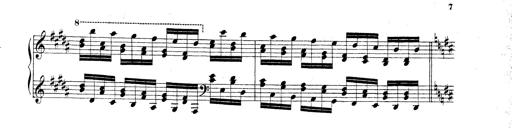
Title: Technische Studien
Composer: Franz Liszt